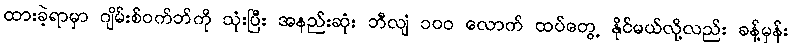
ထားခဲ့ရာမှာ ဂျိမ်းစ်ဝက်ဘ်ကို သုံးပြီး အနည်းဆုံး ဘီလျံ ၁၀၀ လောက် ထပ်တွေ့ နိုင်မယ်လို့လည်း ခန့်မှန်း